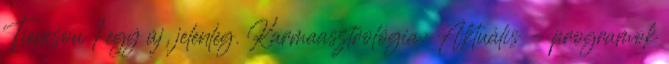
Tiencsou 1 egy új, jelenleg. Karmaasztrológia: Aktuális - programok